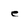
Character: e